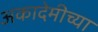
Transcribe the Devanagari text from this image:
अकादेमीच्या